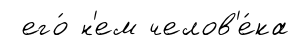
его́ н'ем челов'е́ка